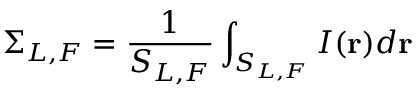
\Sigma _ { L , F } = \frac { 1 } { S _ { L , F } } \int _ { S _ { L , F } } I ( \mathbf { r } ) d \mathbf { r }